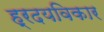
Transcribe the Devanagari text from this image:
ह्रदयविकार